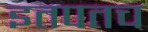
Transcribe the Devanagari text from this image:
इतपतच